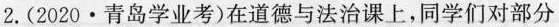
2.(2020\cdot青岛学业考)在道德与法治课上，同学们对部分